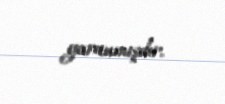
yaranmışdır.